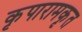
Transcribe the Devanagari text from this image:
कृपारामकृत